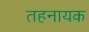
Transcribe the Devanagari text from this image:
तहनायक